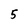
Character: 5